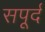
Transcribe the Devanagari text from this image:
सपूर्द